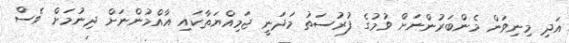
އަދި މިނިވަން މެންބަރުންނަށް ވުމުގެ ފުރުސަތު މަދަނީ ޖަމިއްޔަތާކައި އާއްމުންނަށް ދިނުމަށް ވެސް